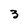
Character: 3